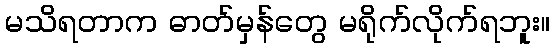
မသိရတာက ဓာတ်မှန်တွေ မရိုက်လိုက်ရဘူး။